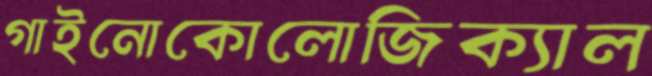
গাইনোকোলোজিক্যাল